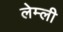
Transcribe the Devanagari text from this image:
लेम्ली